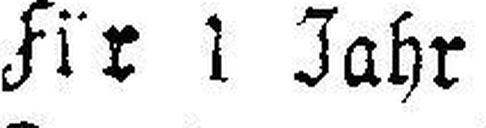
Für 1 Jahr